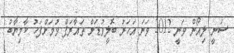
ސަނީ ލިއޯން ވަނީ 2012 ވަނަ އަހަރު ބޮލީވުޑަށް ތައާރަފް ވުމަށްފަހު ކާމިޔާބު